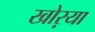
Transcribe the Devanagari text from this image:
खोऱया